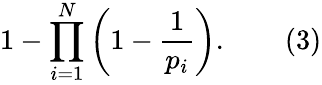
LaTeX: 1-\prod_{i=1}^{N}\left(1-{\frac{1}{p_{i}}}\right).\qquad(3)